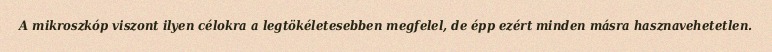
A mikroszkóp viszont ilyen célokra a legtökéletesebben megfelel, de épp ezért minden másra hasznavehetetlen.